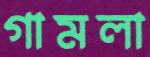
গামলা